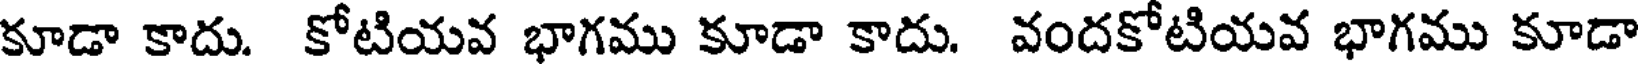
కూడా కాదు. కోటియవ భాగము కూడా కాదు. వందకోటియవ భాగము కూడా